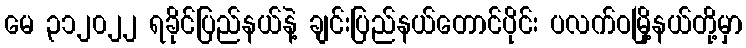
မေ ၃၁၂၀၂၂ ရခိုင်ပြည်နယ်နဲ့ ချင်းပြည်နယ်တောင်ပိုင်း ပလက်ဝမြို့နယ်တို့မှာ